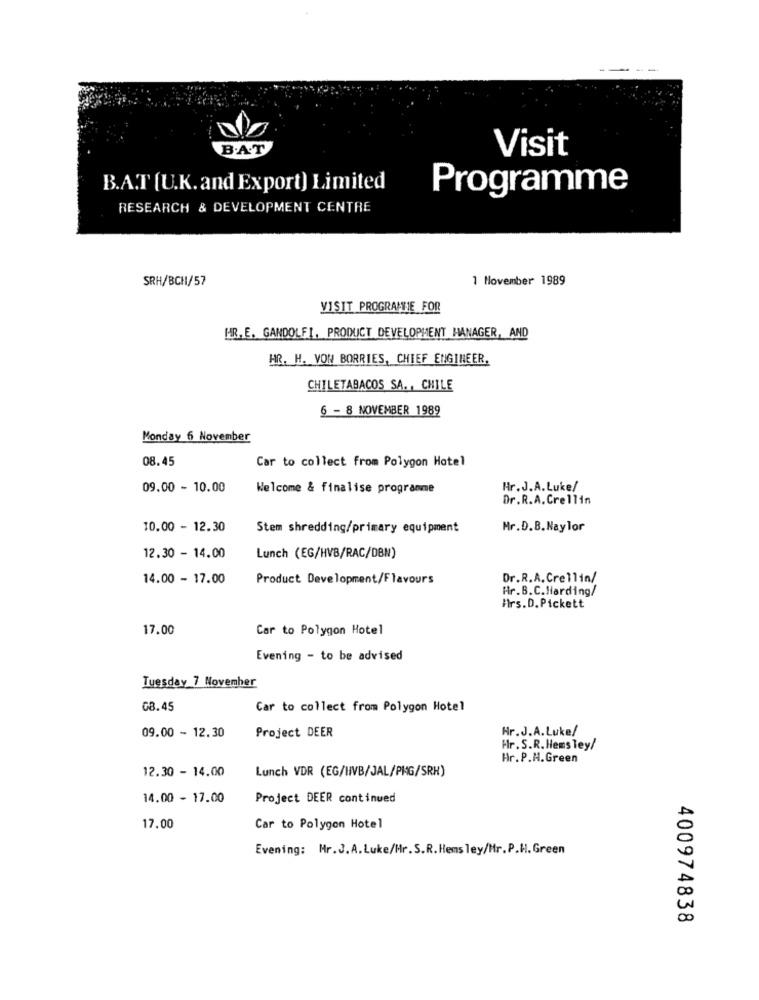
B.A.T
Visit
B.A.T [U.K. and Export) Limited
Programme
RESEARCH & DEVELOPMENT CENTRE
SRH/BCH/57
1 November 1989
VISIT PROGRAMHE FOR
HR. E. GANDOLFI, PRODUCT DEVELOPMENT MANAGER, AND
HR. H. VON BORRIES, CHIEF ENGINEER.
CHILETABACOS SA ., CHILE
6 - 8 NOVEMBER 1989
Monday 6 November
08.45
Car to collect from Polygon Hotel
09.00 - 10.00
Welcome & finalise programme
Hr.J.A. Luke/
Dr.R.A.Crellin
10.00 - 12.30
Stem shredding/primary equipment
Mr.D.B. Naylor
12.30 - 14.00
Lunch (EG/HVB/RAC/DBN)
14.00 - 17.00
Product Development/Flavours
Dr.R.A.Crellin/
Hr.B.C.Harding/
Mrs. D. Pickett
17.00
Car to Polygon Hotel
Evening - to be advised
Tuesday 7 November
08.45
Car to collect from Polygon Hotel
09.00 - 12.30
Project DEER
Hr.J.A. Luke/
Hr. S.R.Hemsley/
Hr.P.H.Green
12.30 - 14.00
Lunch VDR (EG/HVB/JAL/PKG/SRH)
14.00 - 17.00
Project DEER continued
17.00
Car to Polygon Hotel
Evening: Mr.J.A.Luke/Mr.S.R.Hems ley/Mr.P.H.Green
400974838